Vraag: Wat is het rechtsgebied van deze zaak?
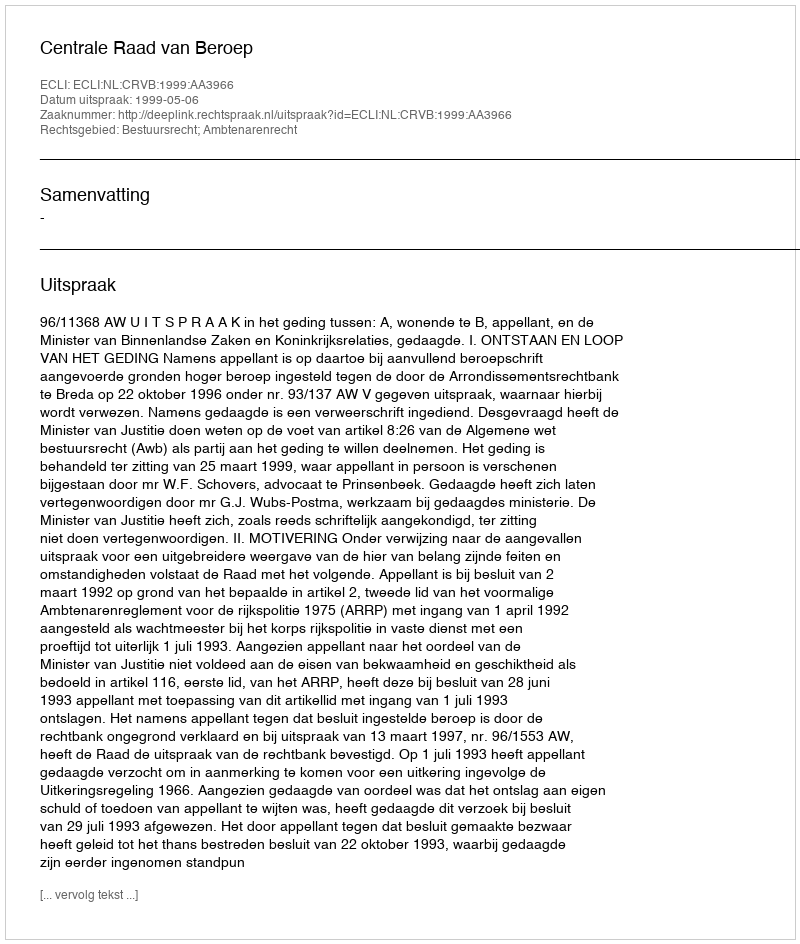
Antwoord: Bestuursrecht; Ambtenarenrecht